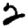
Digit: 2